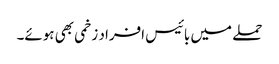
حملے میں بائیس افراد زخمی بھی ہوئے۔